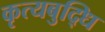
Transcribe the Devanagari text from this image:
कृत्यबुद्धि